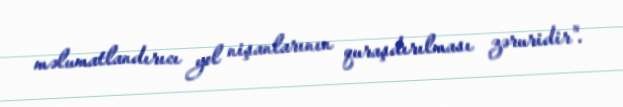
məlumatlandırıcı yol nişanlarının quraşdırılması zəruridir".